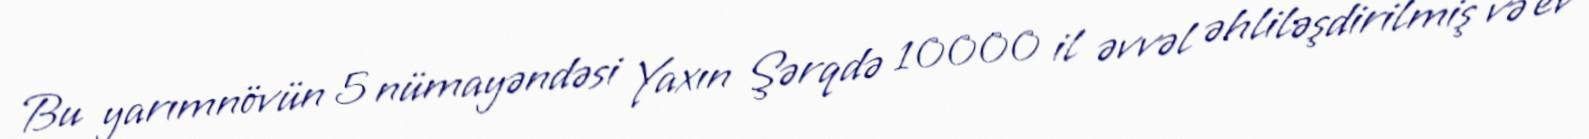
Bu yarımnövün 5 nümayəndəsi Yaxın Şərqdə 10000 il əvvəl əhliləşdirilmiş və ev